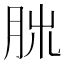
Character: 𦚃